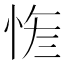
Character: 𢚮